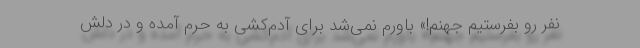
نفر رو بفرستیم جهنم!» باورم نمی‌شد برای آدم‌کشی به حرم آمده و در دلش